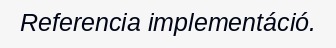
Referencia implementáció.